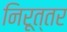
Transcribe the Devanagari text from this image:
निरूत्तर